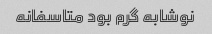
نوشابه گرم بود متاسفانه